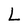
Character: L